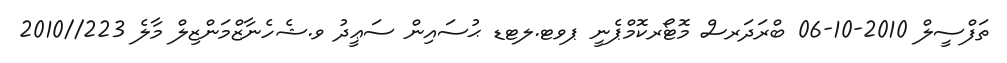
ތަފްސީލް 2010-10-06 ބްރަދަރސް މޮޓޯރކޮމްޕެނީ ޕވޓ.ލޓޑ ޙުސައިން ސަޢީދު ވ.ޝެހެނާޒްމަންޒިލް މާލެ 223//2010